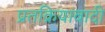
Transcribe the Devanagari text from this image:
प्रतक्रियावादी